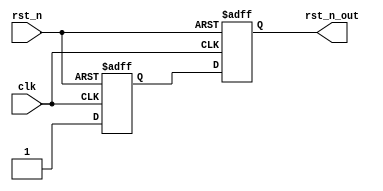
module async_reset
(
    input clk,
    input rst_n,
    output rst_n_out
);


    // 
    reg reset_1;
    reg reset_2;
    
    always @(posedge clk or negedge rst_n) begin
        if(!rst_n) begin
            reset_1 <= 1'b0;
            reset_2 <= 1'b0;
        end
        else begin
            reset_1 <= 1'b1;
            reset_2 <= reset_1;
        end
    end
    
    assign rst_n_out = reset_2;
    
endmodule